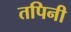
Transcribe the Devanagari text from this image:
तपिनी